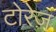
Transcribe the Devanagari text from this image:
टोरेज़